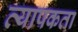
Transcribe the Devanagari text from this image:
व्‍यापकता